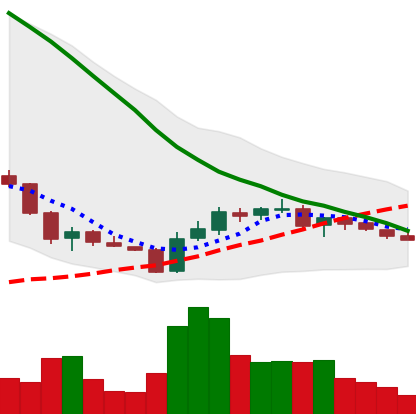
Ticker: ADA-USD
Chart end date: 2018-06-09
Forward return: -14.704%
Label: down_7plus